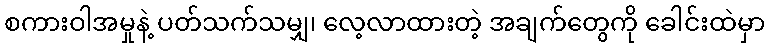
စကားဝါအမှုနဲ့ ပတ်သက်သမျှ၊ လေ့လာထားတဲ့ အချက်တွေကို ခေါင်းထဲမှာ